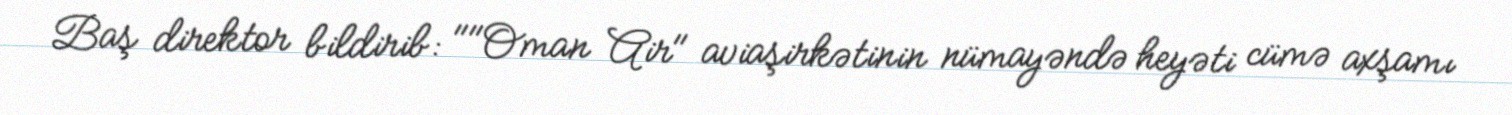
Baş direktor bildirib: ""Oman Air" aviaşirkətinin nümayəndə heyəti cümə axşamı